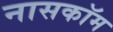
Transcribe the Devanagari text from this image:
नासकॉम